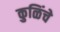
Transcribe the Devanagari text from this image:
कुळिंचे